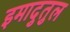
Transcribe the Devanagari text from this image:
इमादुतुल